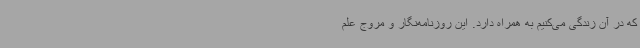
که در آن زندگی می‌کنیم به همراه دارد. این روزنامه‌نگار و مروج علم